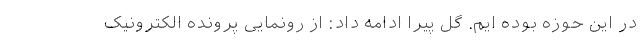
در این حوزه بوده ایم. گل پیرا ادامه داد: از رونمایی پرونده الکترونیک